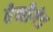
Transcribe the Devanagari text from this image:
रेनीगेड